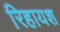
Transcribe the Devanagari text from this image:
रिहायश